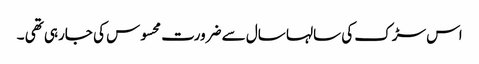
اس سڑک کی سالہا سال سے ضرورت محسوس کی جارہی تھی ۔